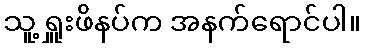
သူ့ ရှူးဖိနပ်က အနက်ရောင်ပါ။